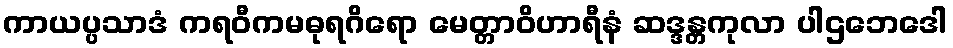
ကာယပ္ပသာဒံ ကရဝီကမဓုရဂိရော မေတ္တာဝိဟာရီနံ ဆဒ္ဒန္တကုလာ ပါဌဘေဒေါ